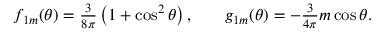
\begin{array} { r l r } { f _ { 1 m } ( \theta ) = \frac { 3 } { 8 \pi } \left( 1 + \cos ^ { 2 } \theta \right) , } & { { } } & { g _ { 1 m } ( \theta ) = - \frac { 3 } { 4 \pi } m \cos \theta . } \end{array}